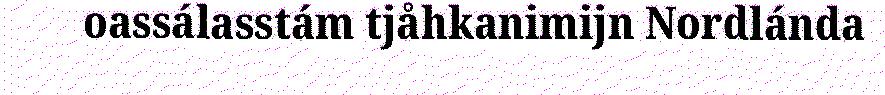
oassálasstám tjåhkanimijn Nordlánda